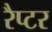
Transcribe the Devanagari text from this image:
रैप्‍टर